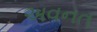
અવનત